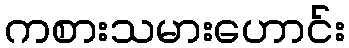
ကစားသမားဟောင်း